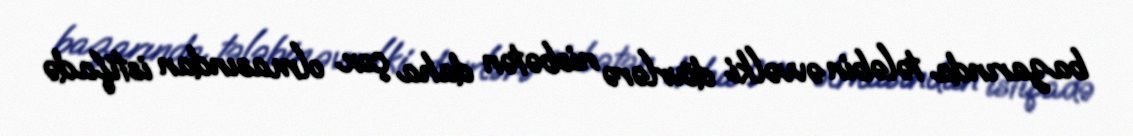
bazarında tələbin əvvəlki dövrlərə nisbətən daha çox olmasından istifadə